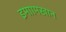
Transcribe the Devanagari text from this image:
इमाामखान